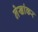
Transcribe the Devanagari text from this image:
लेखांकर